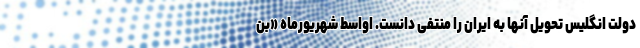
دولت انگلیس تحویل آنها به ایران را منتفی دانست. اواسط شهریورماه «بن